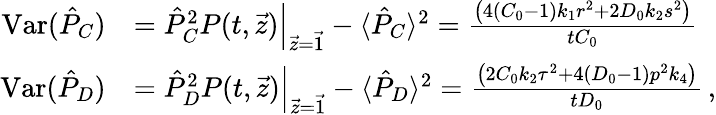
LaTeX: \begin{array}{rl}{\mathrm{Var}(\hat{P}_{C})}&{=\left.\hat{P}_{C}^{2}P(t,\vec{z})\right|_{\vec{z}=\vec{1}}-\langle\hat{P}_{C}\rangle^{2}=\frac{\left(4(C_{0}-1)k_{1}r^{2}+2D_{0}k_{2}s^{2}\right)}{tC_{0}}}\\ {\mathrm{Var}(\hat{P}_{D})}&{=\left.\hat{P}_{D}^{2}P(t,\vec{z})\right|_{\vec{z}=\vec{1}}-\langle\hat{P}_{D}\rangle^{2}=\frac{\left(2C_{0}k_{2}\tau^{2}+4(D_{0}-1)p^{2}k_{4}\right)}{tD_{0}}\, ,}\end{array}